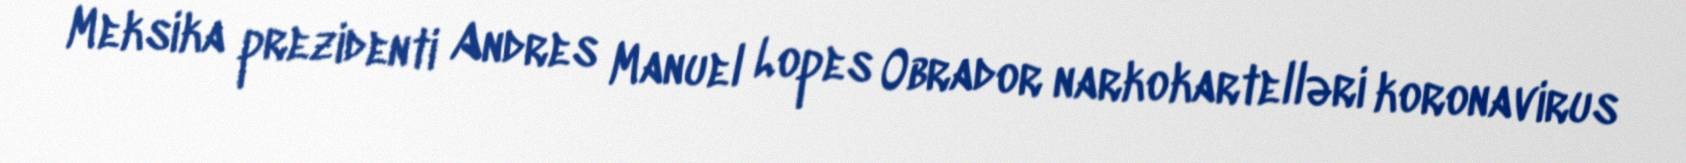
Meksika prezidenti Andres Manuel Lopes Obrador narkokartelləri koronavirus